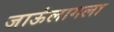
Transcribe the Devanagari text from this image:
जाऊंलागला